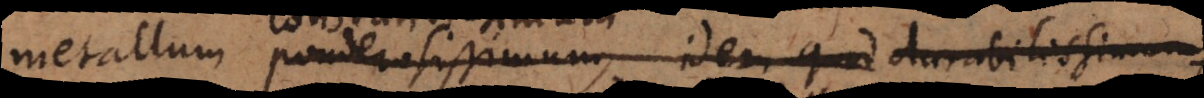
metallum ponderosissimum, idem quod durabilissimum